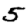
Digit: 5